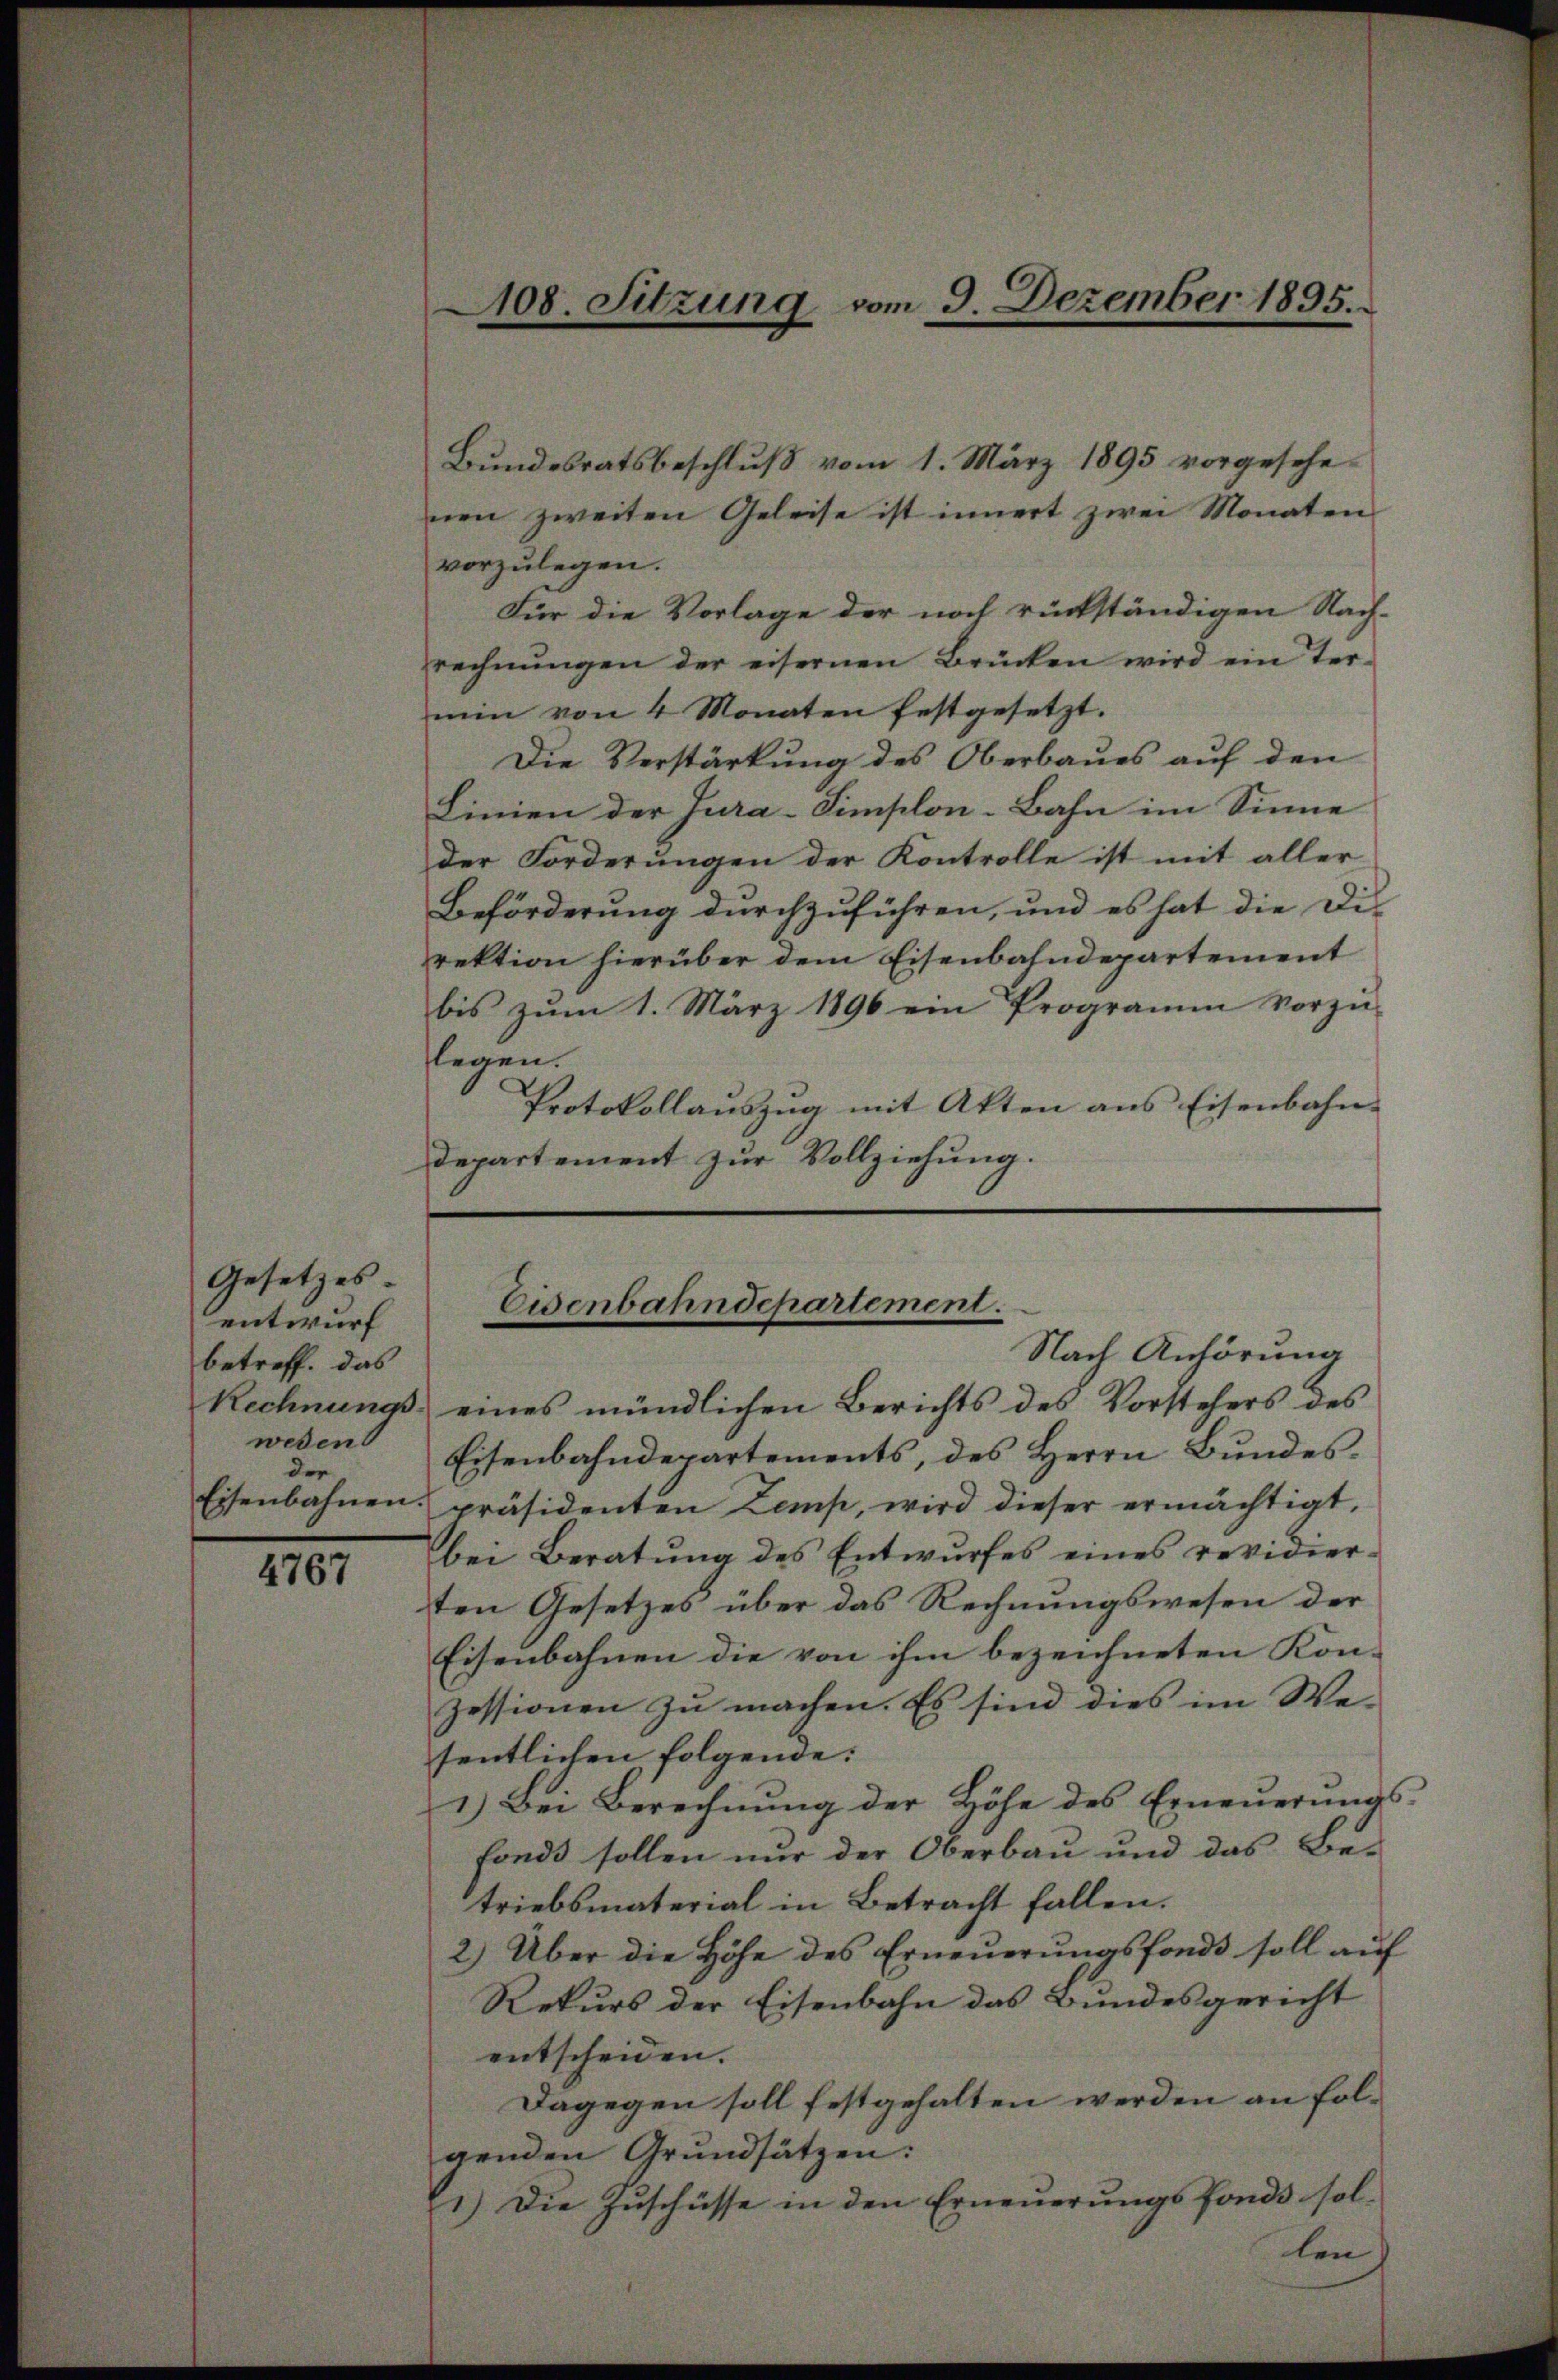
Gesetzes
entwurf
betreff. das
weden
der

4767

Bundesratsbeschluß vom 1. März 1895 vorgesehenen zweiten Geleise ist innert zwei Monaten
vorzulegen.
Für die Vorlage der noch rückständigen Nach-
rechnŭngen der eisernen Brücken wird ein Ter-
min von 4 Monaten festgesetzt.
Die Verstärkung des Oberbaues auf den
Linien der Jura-Simplon-Bahn im Sinne
der Forderungen der Kontrolle ist mit aller
Beförderung durchzuführen, und es hat die Direktion hierüber dem Eisenbahndepartement
bis zŭm 1. März 1896 ein Programm vorzŭ-
legen.
Protokollauszug mit Akten aus Eisenbahn-
departement zur Vollziehung.

108. Sitzung vom 9. Dezember 1895.

Eisenbahndepartement.
Nach Anhörung

Rechnungs eines mündlichen Berichts des Vorstehers des
Eisenbahndepartements, des Herrn Bŭndes-
Eisenbahnen präsidenten Lemp, wird dieser ermächtigt,
bei Beratŭng des Entwŭrfes eines revidier-
ten Gesetzes über das Rechnungswesen der
Eisenbahnen die von ihm bezeichneten Kon-
zessionen zu machen. Es sind dies im We-
sentlichen folgende:
1.) Bei Berechnung der Höhe des Erneŭerŭngs-
fonds sollen nur der Oberbau und das Be-
triebsmaterial in Betracht fallen.
2) Über die Höhe des Erneŭerŭngsfonds soll aŭf
Rekurs der Eisenbahn das Bundesgericht
entscheiden.
Dagegen soll festgehalten werden an folgenden Grundsätzen:
1.) Die Zŭschüsse in den Erneŭerŭngsfonds sol-
len |